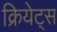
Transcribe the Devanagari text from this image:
क्रियेट्स